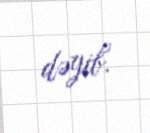
dəyib.